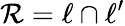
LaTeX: \mathcal{R}=\ell\cap\ell^{\prime}